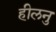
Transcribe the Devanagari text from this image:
हीलनु